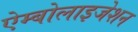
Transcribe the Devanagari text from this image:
ऐम्बोलाइजेशन